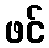
ဖင်